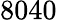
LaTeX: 8040